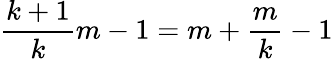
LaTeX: {\frac{k+1}{k}}m-1=m+{\frac{m}{k}}-1